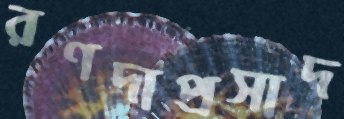
রণদাপ্রসাদ